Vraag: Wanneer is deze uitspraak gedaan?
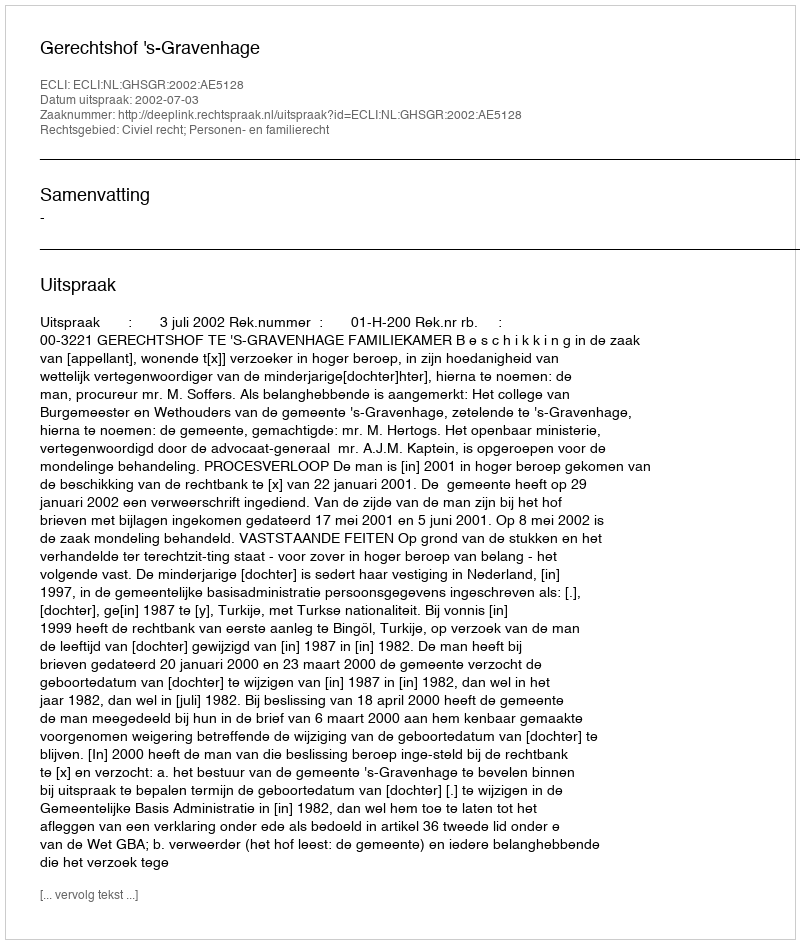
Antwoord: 2002-07-03